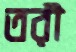
তরী